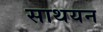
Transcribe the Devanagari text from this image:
साथयन